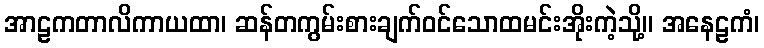
အာဠကတာလိကာယထာ၊ ဆန်တကွမ်းစားချက်ဝင်သောထမင်းအိုးကဲ့သို့။ အနေဠကံ၊